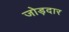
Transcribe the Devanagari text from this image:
जोड़दार